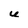
Character: U